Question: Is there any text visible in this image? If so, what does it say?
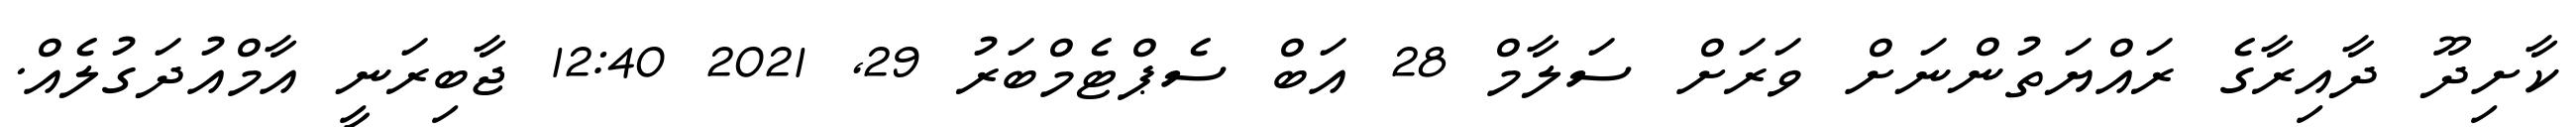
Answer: ކާށިދޫ ދާއިރާގެ ރައްޔަތުންނަށް ވަރަށް ސަލާމް 28 އަބް ސެޕްޓެމްބަރު 29, 2021 12:40 ޖާބިރަނީ އާމްއުދަގުލެއް.